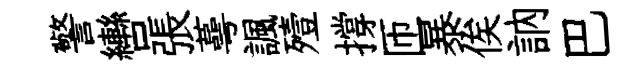
警轡張蕚諷殪撐匝暴俟訥巴